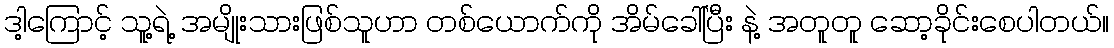
ဒါ့ကြောင့် သူ့ရဲ့ အမျိုးသားဖြစ်သူဟာ တစ်ယောက်ကို အိမ်ခေါ်ပြီး နဲ့ အတူတူ ဆော့ခိုင်းစေပါတယ်။